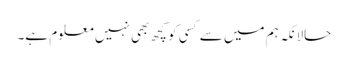
حالانکہ ہم میں سے کسی کو کچھ بھی نہیں معلوم ہے۔